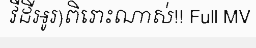
វីដីអូរ)ពិរោះណាស់!! Full MV